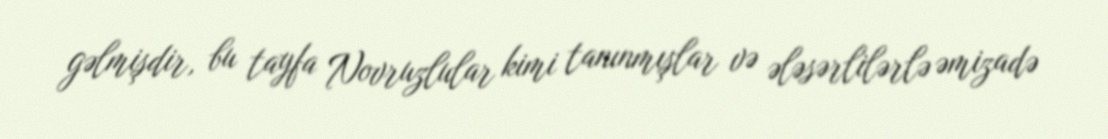
gəlmişdir, bu tayfa Novruzlular kimi tanınmışlar və ələsərlilərlə əmizadə